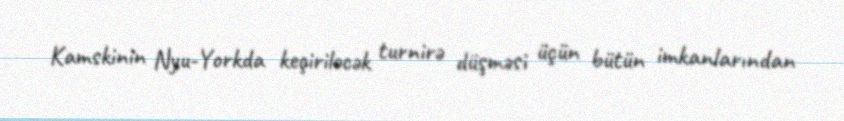
Kamskinin Nyu-Yorkda keçiriləcək turnirə düşməsi üçün bütün imkanlarından